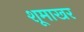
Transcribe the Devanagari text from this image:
शूमाखर